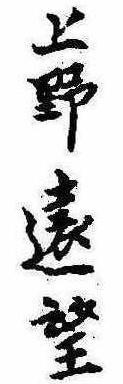
上野遠望